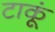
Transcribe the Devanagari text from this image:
टाकूं